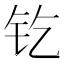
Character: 𨰿